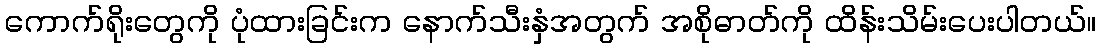
ကောက်ရိုးတွေကို ပုံထားခြင်းက နောက်သီးနှံအတွက် အစိုဓာတ်ကို ထိန်းသိမ်းပေးပါတယ်။